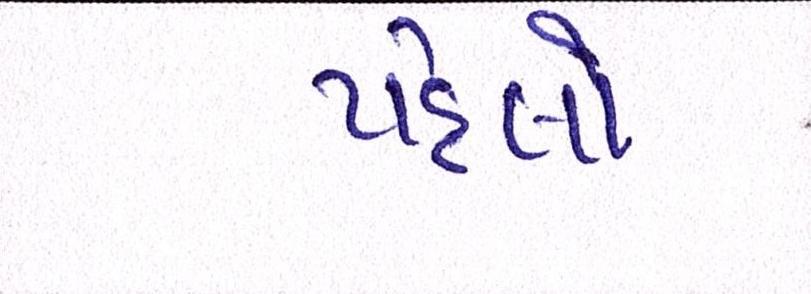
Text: પહેલો